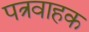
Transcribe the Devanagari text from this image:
पत्रवाहक